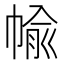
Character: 㡏